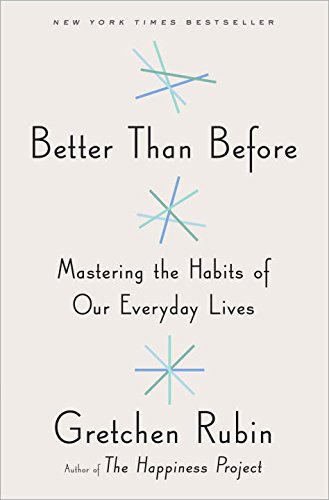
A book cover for Better Than Before: Mastering the Habits of Our Everyday Lives; Gretchen Rubin; Self-Help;